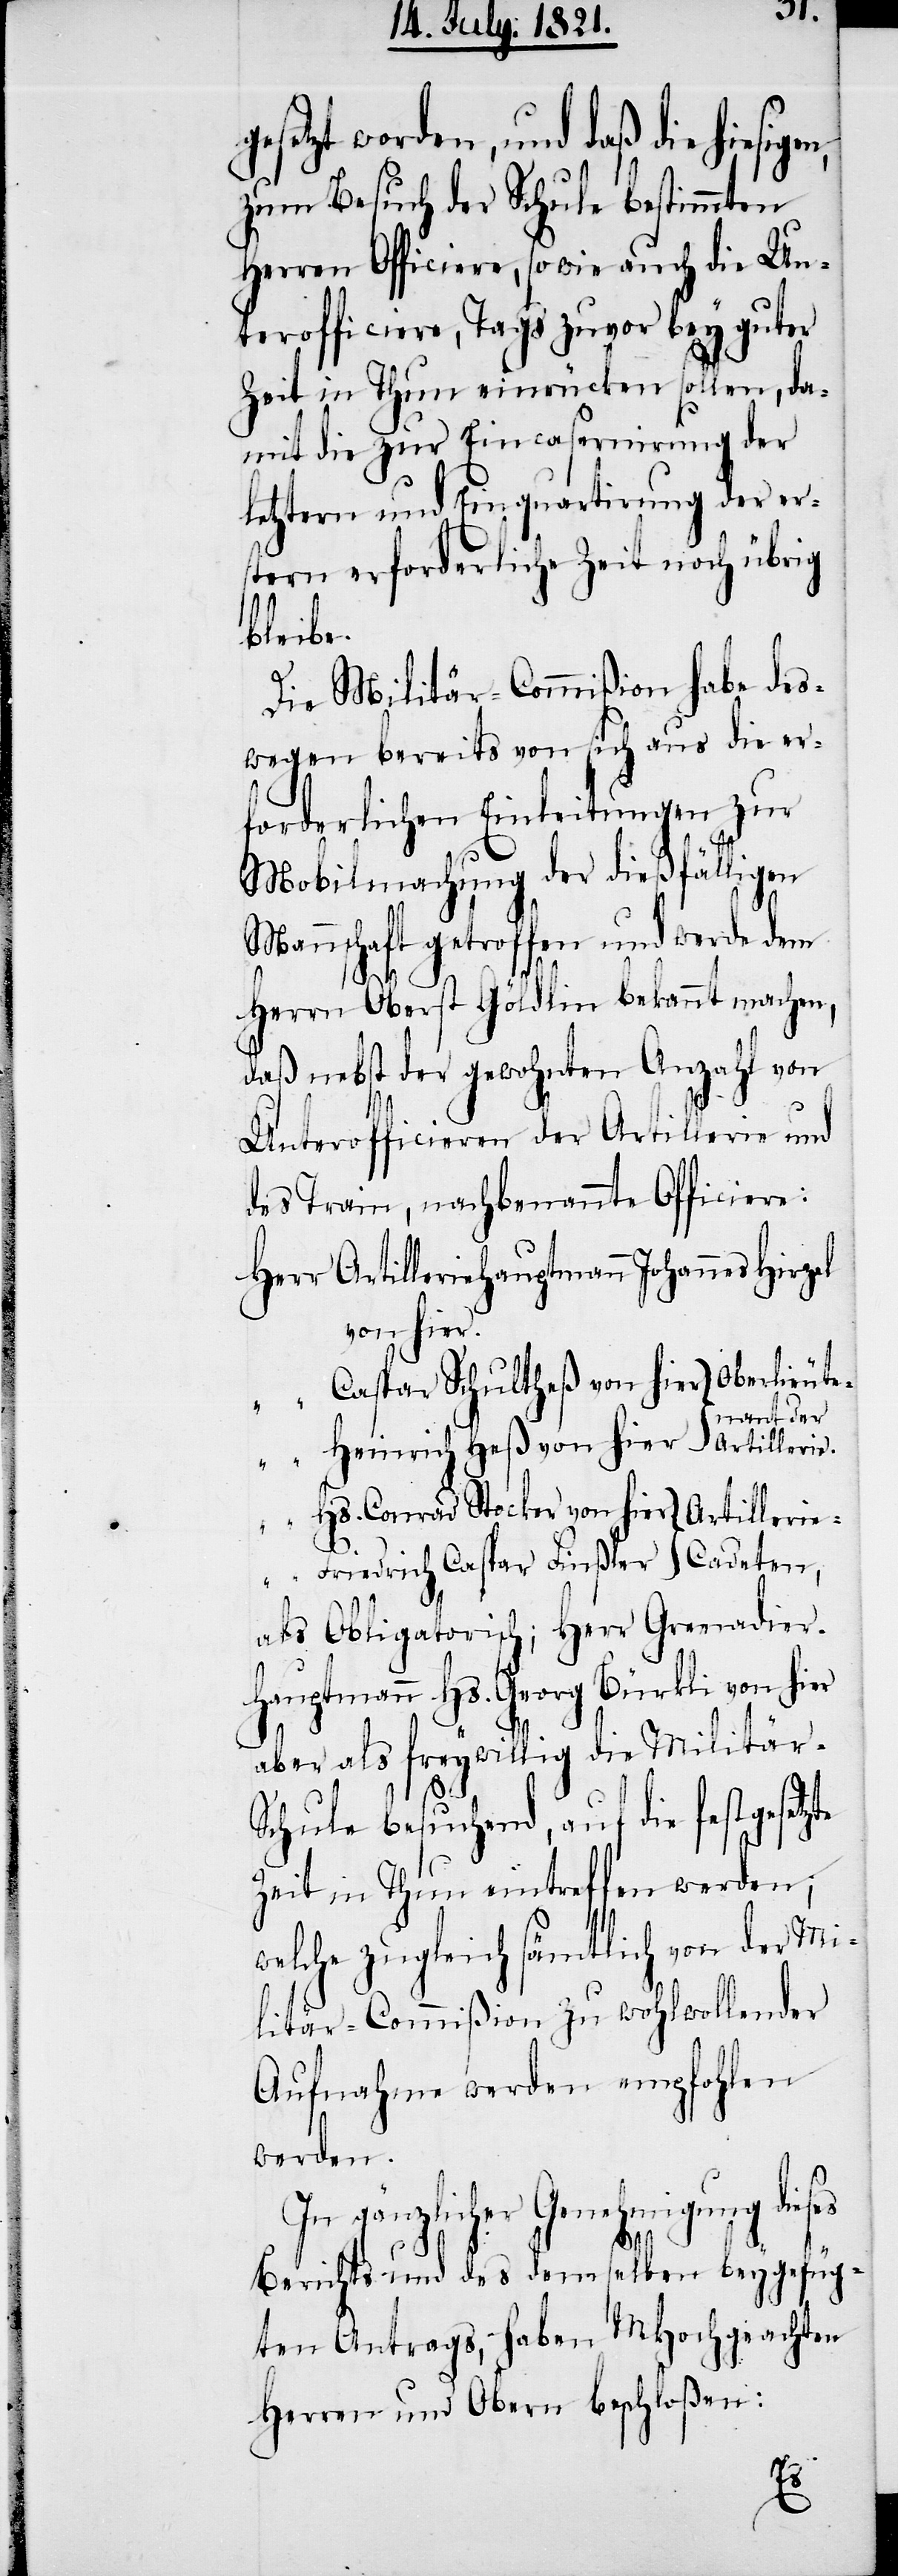
n,
setzt worden, und daß die hiesige¬
zum Besuch der Schule bestimmten
Herren Officiere, so wie auch die Un¬
terofficiere, Tags zuvor bey guter
Zeit in Thun einrücken sollen, da¬
mit die zur Eincasernirung der
tern erforderliche Zeit noch übrig
Oberlie¬
Die Militär-Commißion habe des¬
wegen bereits von sich aus die er¬
forderlichen Einleitungen zur
Mobilmachung der dießfälligen
Mannschaft getroffen und werde dem
Herrn Oberst Göldlin bekannt machen,
daß nebst der gewohnten Anzahl von
Unterofficieren der Artillerie und
des Train, nachbenannte Officiere:
Artilleriehauptmann Johannes Hirzel
von hier
utenant der
als Obligatorisch; Herr Grenadie¬
r-Hauptmann Hs. Georg Bürkli von hier
aber als freywillig die Militär-S¬
chule besuchend, auf die festgesetzte
Zeit in Thun eintreffen werden;
welche zugleich sämtlich von der Mi¬
litär-Commißion zu wohlwollender
Aufnahme werden empfohlen
werden.
In gänzlicher Genehmigung dieses
Berichts und des demselben beygefüg¬
ten Antrags, haben MHochgeachten
Herren und Obern beschloßen: